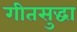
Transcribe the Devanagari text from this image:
गीतसुद्धा